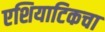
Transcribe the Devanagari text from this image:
एशियाटिकचा